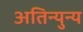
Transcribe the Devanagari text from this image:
अतिन्युन्य